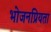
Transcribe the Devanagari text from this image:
भोजनप्रियता